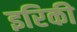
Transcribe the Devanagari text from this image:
इरिकी